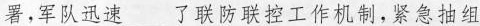
署，军队迅速__了联防联控工作机制，紧急抽组